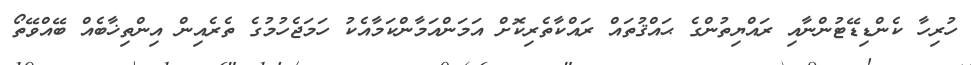
ހުރިހާ ކެންޑިޑޭޓުންނާއި ރައްޔިތުންގެ ޙައްޤުތައް ރައްކާތެރިކޮށް އަމަންއަމާންކަމާއެކު ހަމަޖެހުމުގެ ތެރެއިން އިންތިޚާބެއް ބޭއްވޭތޯ